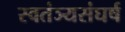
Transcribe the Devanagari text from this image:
स्वतंञ्यसंघर्ष